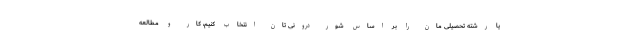
یا رشته تحصیلی مان را بر اساس شور درونی تان انتخاب کنیم، کار و مطالعه